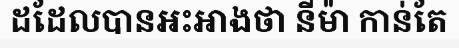
ដដែលបានអះអាងថា នីម៉ា កាន់តែ